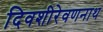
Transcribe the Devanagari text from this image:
दिवशीरेवणनाथ